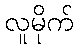
လူမိုက်